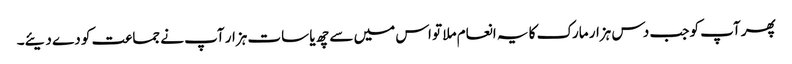
پھر آپ کو جب دس ہزار مارک کا یہ انعام ملا تو اس میں سے چھ یا سات ہزار آپ نے جماعت کو دے دیئے۔